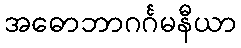
အဓောဘာဂင်္ဂမနီယာ